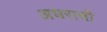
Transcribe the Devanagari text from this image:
अधराची